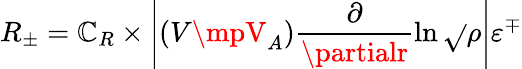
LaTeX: R_{\pm}=\mathbb{C}_{R}\times\left|(V\mpV_{A})\frac{{\partial}}{{\partialr}}\ln\sqrt{}{{\rho}}\right|\varepsilon^{\mp}